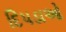
દિપડાઓ